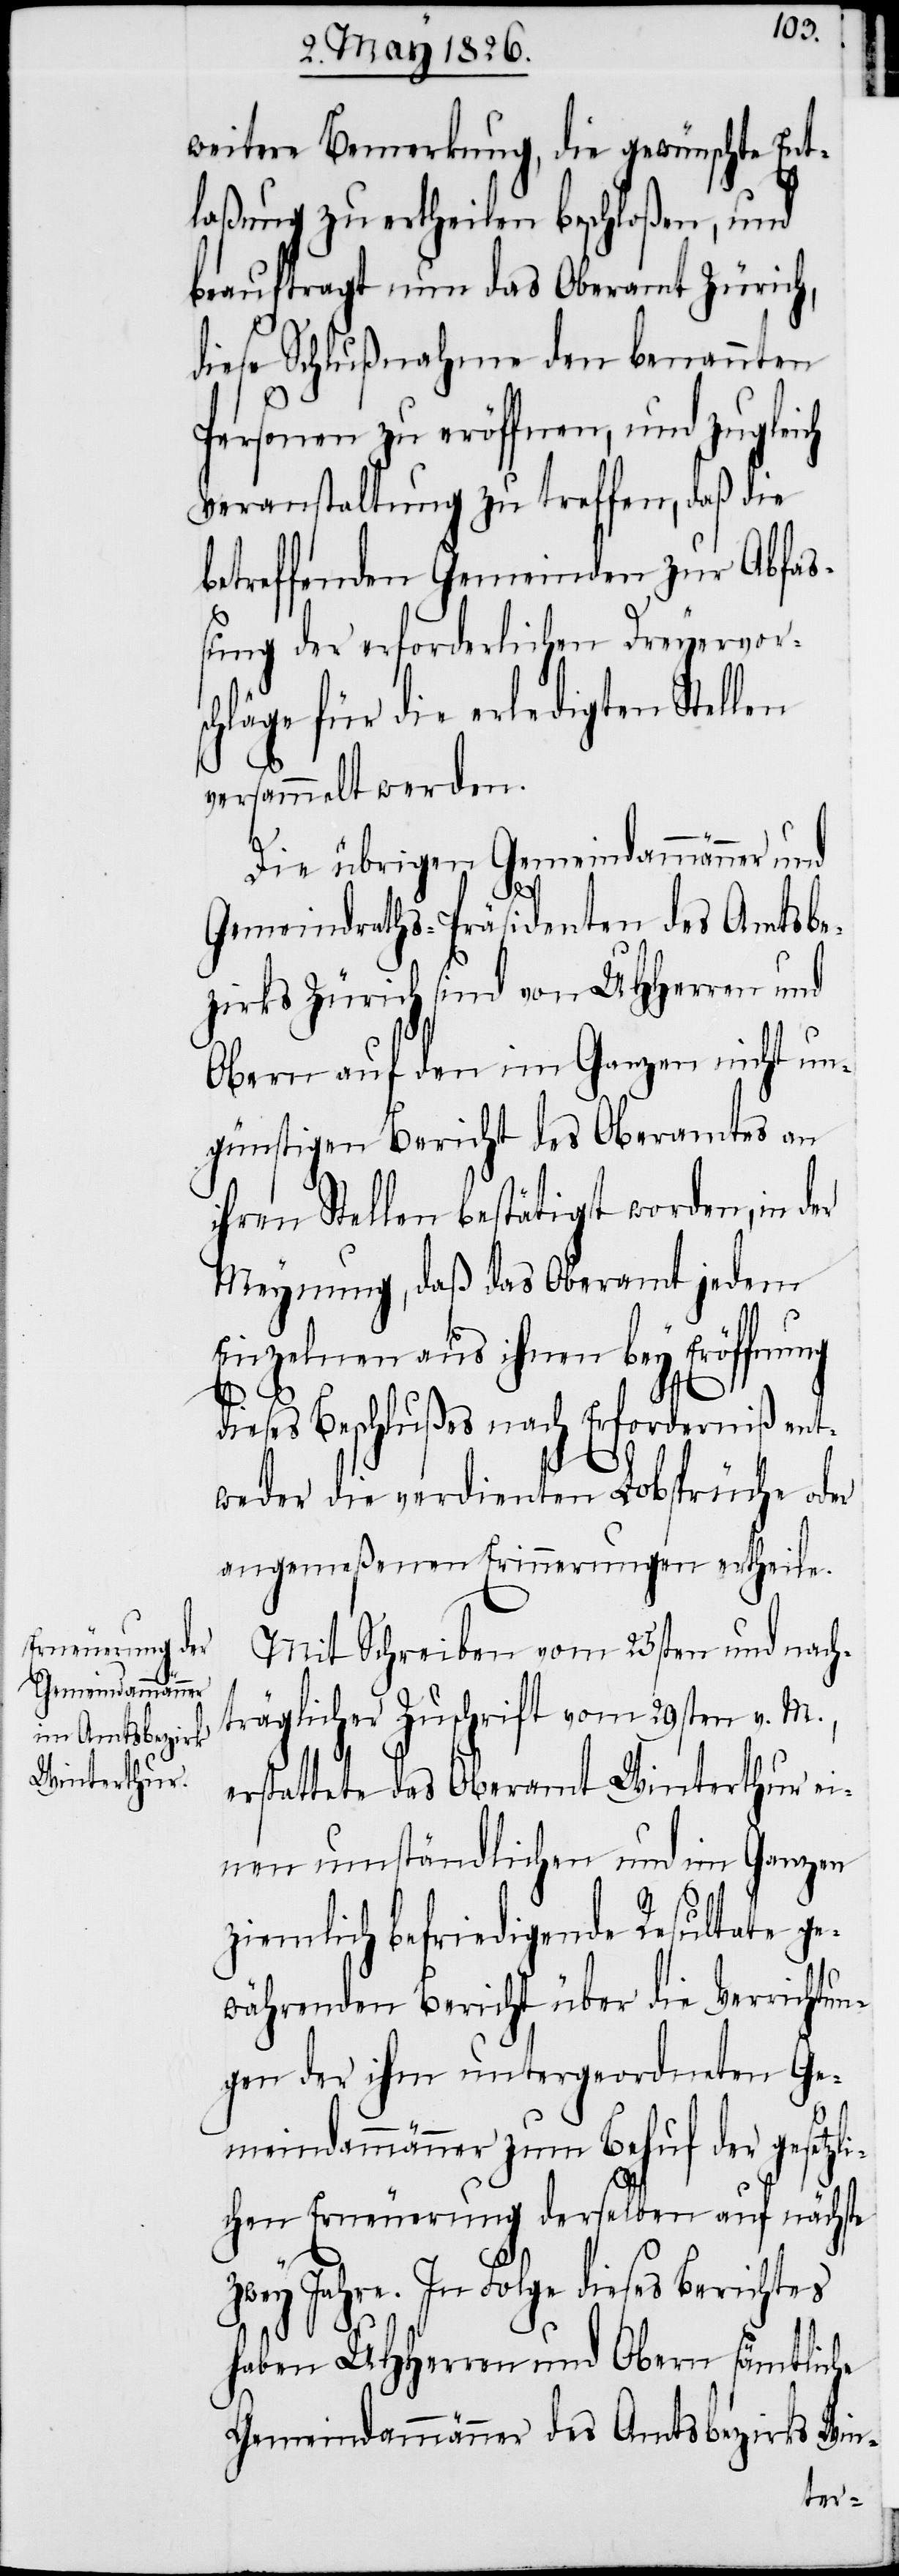
weitere Bemerkung, die gewünschte Ent¬
laßung zu ertheilen beschloßen, und
beauftragt nun das Oberamt Zürich,
diese Schlußnahme den benannten
Personen zu eröffnen, und zugleich
Veranstaltung zu treffen, daß die
betreffenden Gemeinden zur Abfaß¬
ung der erforderlichen Dreyervors¬
chläge für die erledigten Stellen
versammelt werden.
Die übrigen Gemeindammänner und
Gemeindraths-Präsidenten des Amtsbe¬
zirks Zürich sind von UHHerren und
Obern auf den im Ganzen nicht un¬
günstigen Bericht des Oberamtes an
ihren Stellen bestätigt worden, in der
Meynung, daß das Oberamt jedem
Einzelnen aus ihnen bey Eröffnung
dieses Beschlußes nach Erforderniß ent¬
weder die verdienten Lobsprüche oder
angemeßenen Erinnerungen ertheile.
Mit Schreiben vom 25sten und nach¬
träglicher Zuschrift vom 29sten v. M.,
erstattete das Oberamt Winterthur ei¬
nen umständlichen und im Ganzen
ziemlich befriedigende Resultate ge¬
währenden Bericht über die Verrichtun¬
gen der ihm untergeordneten Ge¬
meindammänner zum Behuf der gesetzl¬
ichen Erneuerung derselben auf nächste
zwey Jahre. In Folge dieses Berichtes
haben UHHerren und Obern sämtliche
Gemeindammänner des Amtsbezirks Win-